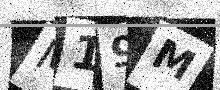
Text: M19M